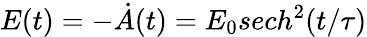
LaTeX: E(t)=-\dot{A}(t)=E_{0}sech^{2}(t/\tau)